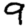
Digit: 9